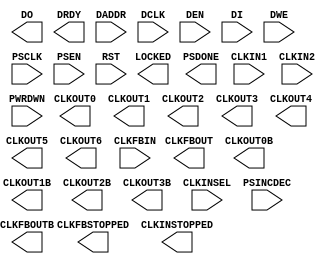
// $Header: /devl/xcs/repo/env/Databases/CAEInterfaces/xec_libs/data/unisims/MMCM_ADV.v,v 1.5 2010/06/02 20:13:45 vandanad Exp $
///////////////////////////////////////////////////////////////////////////////
// Copyright (c) 1995/2009 Xilinx, Inc.
// All Right Reserved.
///////////////////////////////////////////////////////////////////////////////
//   ____  ____
//  /   /\/   /
// /___/  \  /    Vendor : Xilinx
// \   \   \/     Version : 11.1i (L.11)
//  \   \         Description : Xilinx Formal Library Component
//  /   /
// /___/   /\     Filename : MMCM_ADV.v
// \   \  /  \    Timestamp :
//  \___\/\___\
//
// Revision:
//    04/28/09 - Initial version.
// End Revision


`timescale  1 ps / 1 ps
module MMCM_ADV (
  CLKFBOUT,
  CLKFBOUTB,
  CLKFBSTOPPED,
  CLKINSTOPPED,
  CLKOUT0,
  CLKOUT0B,
  CLKOUT1,
  CLKOUT1B,
  CLKOUT2,
  CLKOUT2B,
  CLKOUT3,
  CLKOUT3B,
  CLKOUT4,
  CLKOUT5,
  CLKOUT6,
  DO,
  DRDY,
  LOCKED,
  PSDONE,
  CLKFBIN,
  CLKIN1,
  CLKIN2,
  CLKINSEL,
  DADDR,
  DCLK,
  DEN,
  DI,
  DWE,
  PSCLK,
  PSEN,
  PSINCDEC,
  PWRDWN,
  RST
);
  parameter BANDWIDTH = "OPTIMIZED";
  parameter CLKFBOUT_USE_FINE_PS = "FALSE";
  parameter CLKOUT0_USE_FINE_PS = "FALSE";
  parameter CLKOUT1_USE_FINE_PS = "FALSE";
  parameter CLKOUT2_USE_FINE_PS = "FALSE";
  parameter CLKOUT3_USE_FINE_PS = "FALSE";
  parameter CLKOUT4_CASCADE = "FALSE";
  parameter CLKOUT4_USE_FINE_PS = "FALSE";
  parameter CLKOUT5_USE_FINE_PS = "FALSE";
  parameter CLKOUT6_USE_FINE_PS = "FALSE";
  parameter CLOCK_HOLD = "FALSE";
  parameter COMPENSATION = "ZHOLD";
  parameter SIM_DEVICE = "VIRTEX6";
  parameter STARTUP_WAIT = "FALSE";
  parameter integer CLKOUT1_DIVIDE = 1;
  parameter integer CLKOUT2_DIVIDE = 1;
  parameter integer CLKOUT3_DIVIDE = 1;
  parameter integer CLKOUT4_DIVIDE = 1;
  parameter integer CLKOUT5_DIVIDE = 1;
  parameter integer CLKOUT6_DIVIDE = 1;
  parameter integer DIVCLK_DIVIDE = 1;
  parameter real CLKFBOUT_MULT_F = 5.000;
  parameter real CLKFBOUT_PHASE = 0.000;
  parameter real CLKIN1_PERIOD = 0.000;
  parameter real CLKIN2_PERIOD = 0.000;
  parameter real CLKOUT0_DIVIDE_F = 1.000;
  parameter real CLKOUT0_DUTY_CYCLE = 0.500;
  parameter real CLKOUT0_PHASE = 0.000;
  parameter real CLKOUT1_DUTY_CYCLE = 0.500;
  parameter real CLKOUT1_PHASE = 0.000;
  parameter real CLKOUT2_DUTY_CYCLE = 0.500;
  parameter real CLKOUT2_PHASE = 0.000;
  parameter real CLKOUT3_DUTY_CYCLE = 0.500;
  parameter real CLKOUT3_PHASE = 0.000;
  parameter real CLKOUT4_DUTY_CYCLE = 0.500;
  parameter real CLKOUT4_PHASE = 0.000;
  parameter real CLKOUT5_DUTY_CYCLE = 0.500;
  parameter real CLKOUT5_PHASE = 0.000;
  parameter real CLKOUT6_DUTY_CYCLE = 0.500;
  parameter real CLKOUT6_PHASE = 0.000;
  parameter real REF_JITTER1 = 0.010;
  parameter real REF_JITTER2 = 0.010;
  parameter real VCOCLK_FREQ_MAX = 1600.0;
  parameter real VCOCLK_FREQ_MIN = 600.0;
  parameter real CLKIN_FREQ_MAX = 800.0;
  parameter real CLKIN_FREQ_MIN = 10.0;    
  parameter real CLKPFD_FREQ_MAX = 550.0;
  parameter real CLKPFD_FREQ_MIN = 10.0;  

  

  output CLKFBOUT;
  output CLKFBOUTB;
  output CLKFBSTOPPED;
  output CLKINSTOPPED;
  output CLKOUT0;
  output CLKOUT0B;
  output CLKOUT1;
  output CLKOUT1B;
  output CLKOUT2;
  output CLKOUT2B;
  output CLKOUT3;
  output CLKOUT3B;
  output CLKOUT4;
  output CLKOUT5;
  output CLKOUT6;
  output DRDY;
  output LOCKED;
  output PSDONE;
  output [15:0] DO;
                                                                                  
  input CLKFBIN;
  input CLKIN1;
  input CLKIN2;
  input CLKINSEL;
  input DCLK;
  input DEN;
  input DWE;
  input PSCLK;
  input PSEN;
  input PSINCDEC;
  input PWRDWN;
  input RST;
  input [15:0] DI;
  input [6:0] DADDR;

endmodule